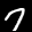
Label: 7